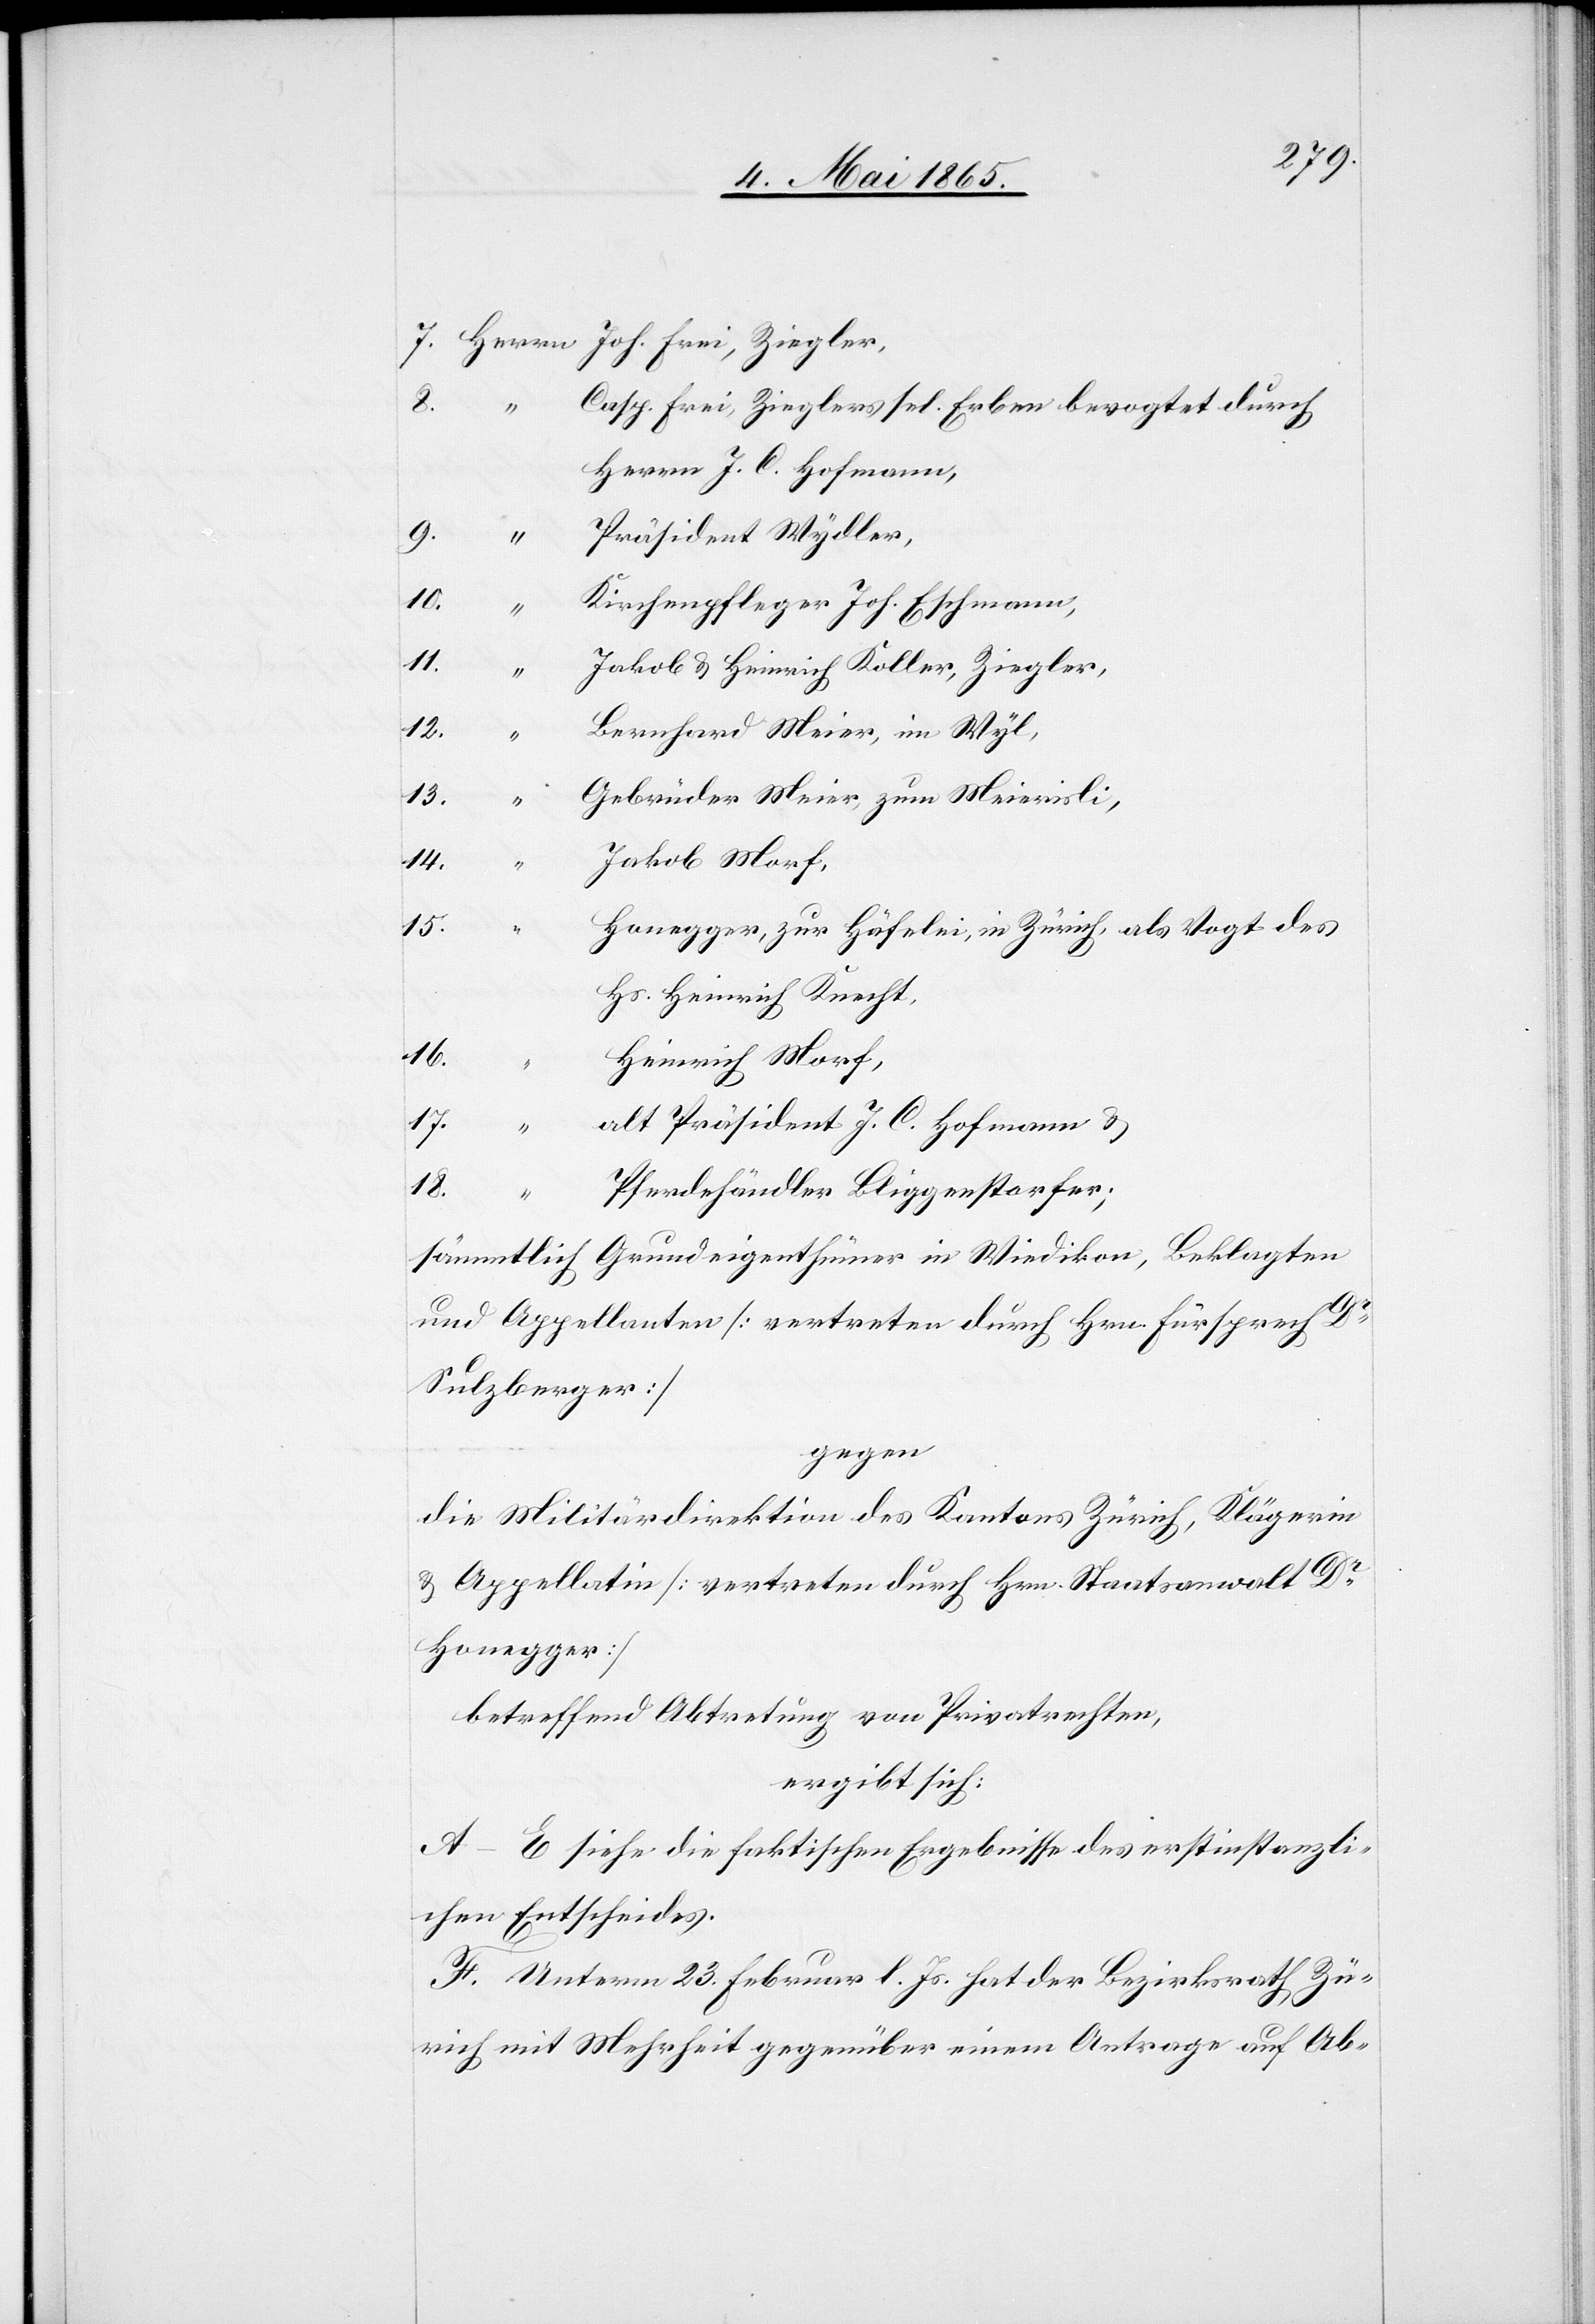
7. Herrn Joh. Frei, Ziegler,
8.
Casp. Frei, Zieglers sel. Erben bevogtet durch
Herrn J. C. Hofmann,
9.
Präsident Wydler,
10.
Kirchenpfleger Joh. Eschmann,
11.
Jakob & Heinrich Koller, Ziegler,
Bernahrd Meier, in Wyl,
13.
Gebrüder Meier, zum Meierisli,
14.
Jakob Morf,
15.
Honegger, zur Häfelei, in Zürich, als Vogt des
Hs. Heinrich Knecht,
16.
“
Heinrich Morf,
als Präsident J. C. Hofmann &
17.
18.
Pferdehändler Bliggenstorfer;
sämmtlich Grundeigenthümer in Wiedikon, Beklagten
und Appellanten [vertreten durch Hrn. Fürsprech Dr
Sulzberger]
gegen
die Militärdirektion des Kantons Zürich, Klägerin
& Appellatin [vertreten durch Hrn. Staatsanwalt Dr
Honegger]
betreffend Abtretung von Privatrechten,
ergibt sich:
A–E siehe die faktischen Ergebnisse des erstinstanzli¬
chen Entscheides.
F. Unterm 23. Februar l. Js. hat der Bezirksrath Zü¬
rich mit Mehrheit gegenüber einem Antrag auf Ab-